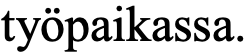
työpaikassa.